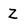
Character: Z